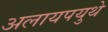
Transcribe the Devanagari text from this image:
अलायपयुथे